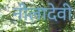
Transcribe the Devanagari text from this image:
नीलादेवी